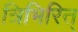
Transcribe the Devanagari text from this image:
त्रिभिरित्